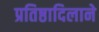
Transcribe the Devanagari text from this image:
प्रतिष्ठादिलाने